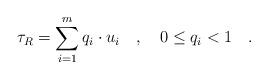
\begin{align*}\tau _R=\sum_{i=1}^mq_i\cdot u_i\quad ,\quad 0\le q_i<1\quad.\end{align*}